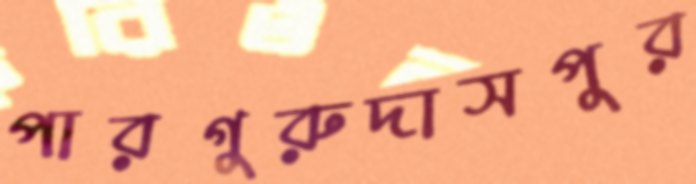
পারগুরুদাসপুর